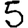
Digit: 5